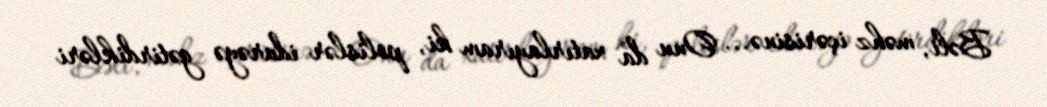
Bəli, məhz içərisinə... Onu da xatırlayıram ki, polislər idarəyə gətirdikləri